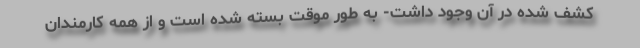
کشف شده در آن وجود داشت- به طور موقت بسته شده است و از همه کارمندان